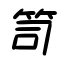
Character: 笥